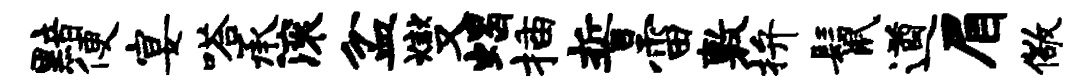
黯便宴嗒承滚盆燮蝎插誓雷敷拚鬣遒眉儆